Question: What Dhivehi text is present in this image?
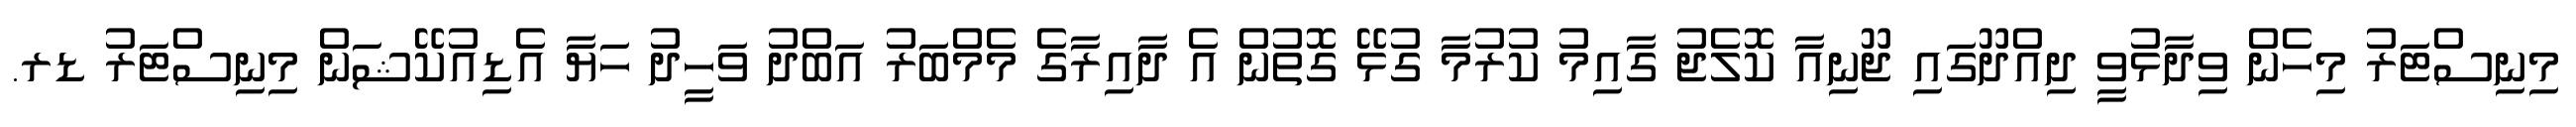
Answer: މިނިސްޓަރު މިހެން ވިދާޅުވީ ދިއްދޫގައި ޖޫނިއާ ކޮލެޖު ގާއިމު ކުރުމާ ގުޅޭ ގޮތުން އެ ދާއިރާގެ މެމްބަރު އަބްދު ވަހީދު ހަޔާ އެޑިއުކޭޝަން މިނިސްޓަރު ޑރ.